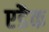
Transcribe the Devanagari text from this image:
एडैक